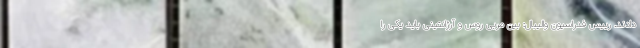
دادند. رییس فدراسیون والیبال: بین مربی روس و آرژانتینی باید یکی را